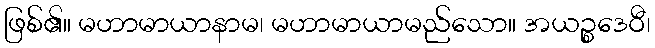
ဖြစ်၏။ မဟာမာယာနာမ၊ မဟာမာယာမည်သော။ အယဉ္စဒေဝီ၊